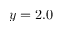
y = 2 . 0